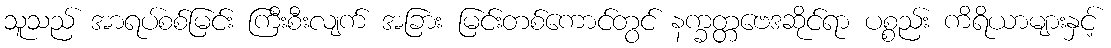
သူသည် အာရပ်စစ်မြင်း ကြီးစီးလျက် အခြား မြင်းတစ်ကောင်တွင် နက္ခတ္တဗေဒဆိုင်ရာ ပစ္စည်း ကိရိယာများနှင့်